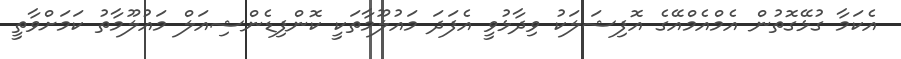
އެކަމާ ގުޅޭގޮތުން އެމްއެމްއޭގެ އޮފިޝަލަކު ވިދާޅުވީ އެފަދަ މައުލޫމާތަކީ ކޮންފިޑެންޝިއަލް މައުލޫމާތު ކަމަށްވާތީ